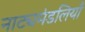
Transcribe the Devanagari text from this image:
नाट्यमंडलियाँ